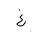
Letter: _gayn